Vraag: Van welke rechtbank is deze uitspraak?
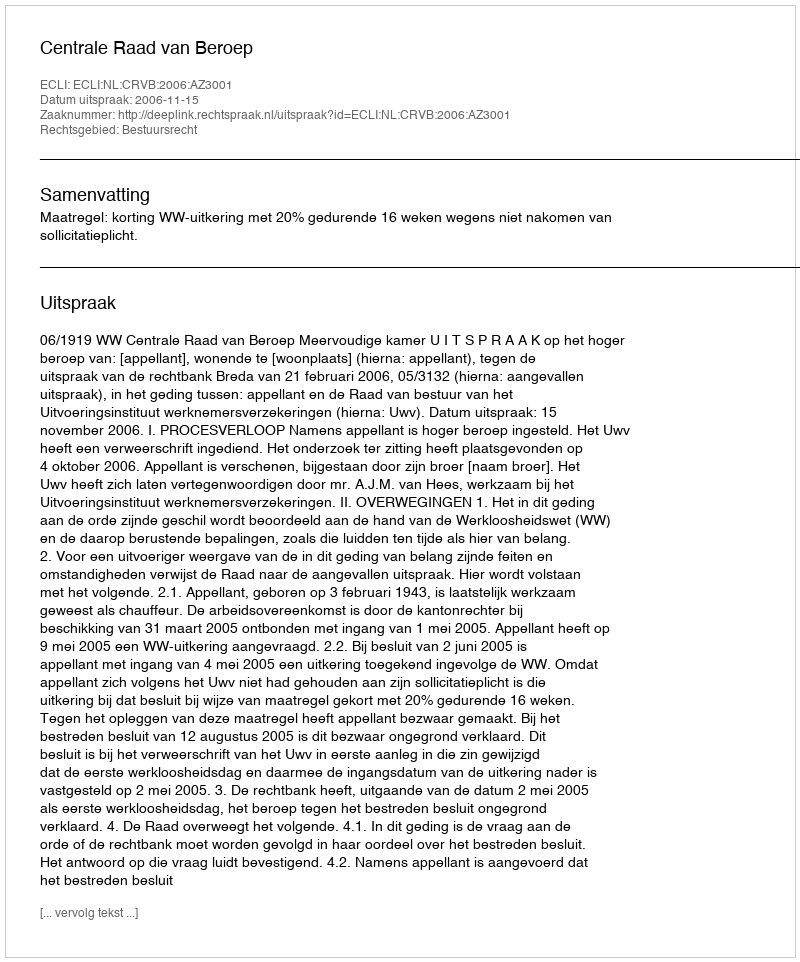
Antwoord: Centrale Raad van Beroep